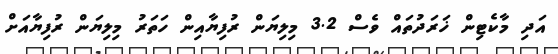
އަދި މާކެޓިން ޚަރަދުތައް ވެސް 3.2 މިލިޔަން ރުފިޔާއިން ހަތަރު މިލިޔަން ރުފިޔާއަށް